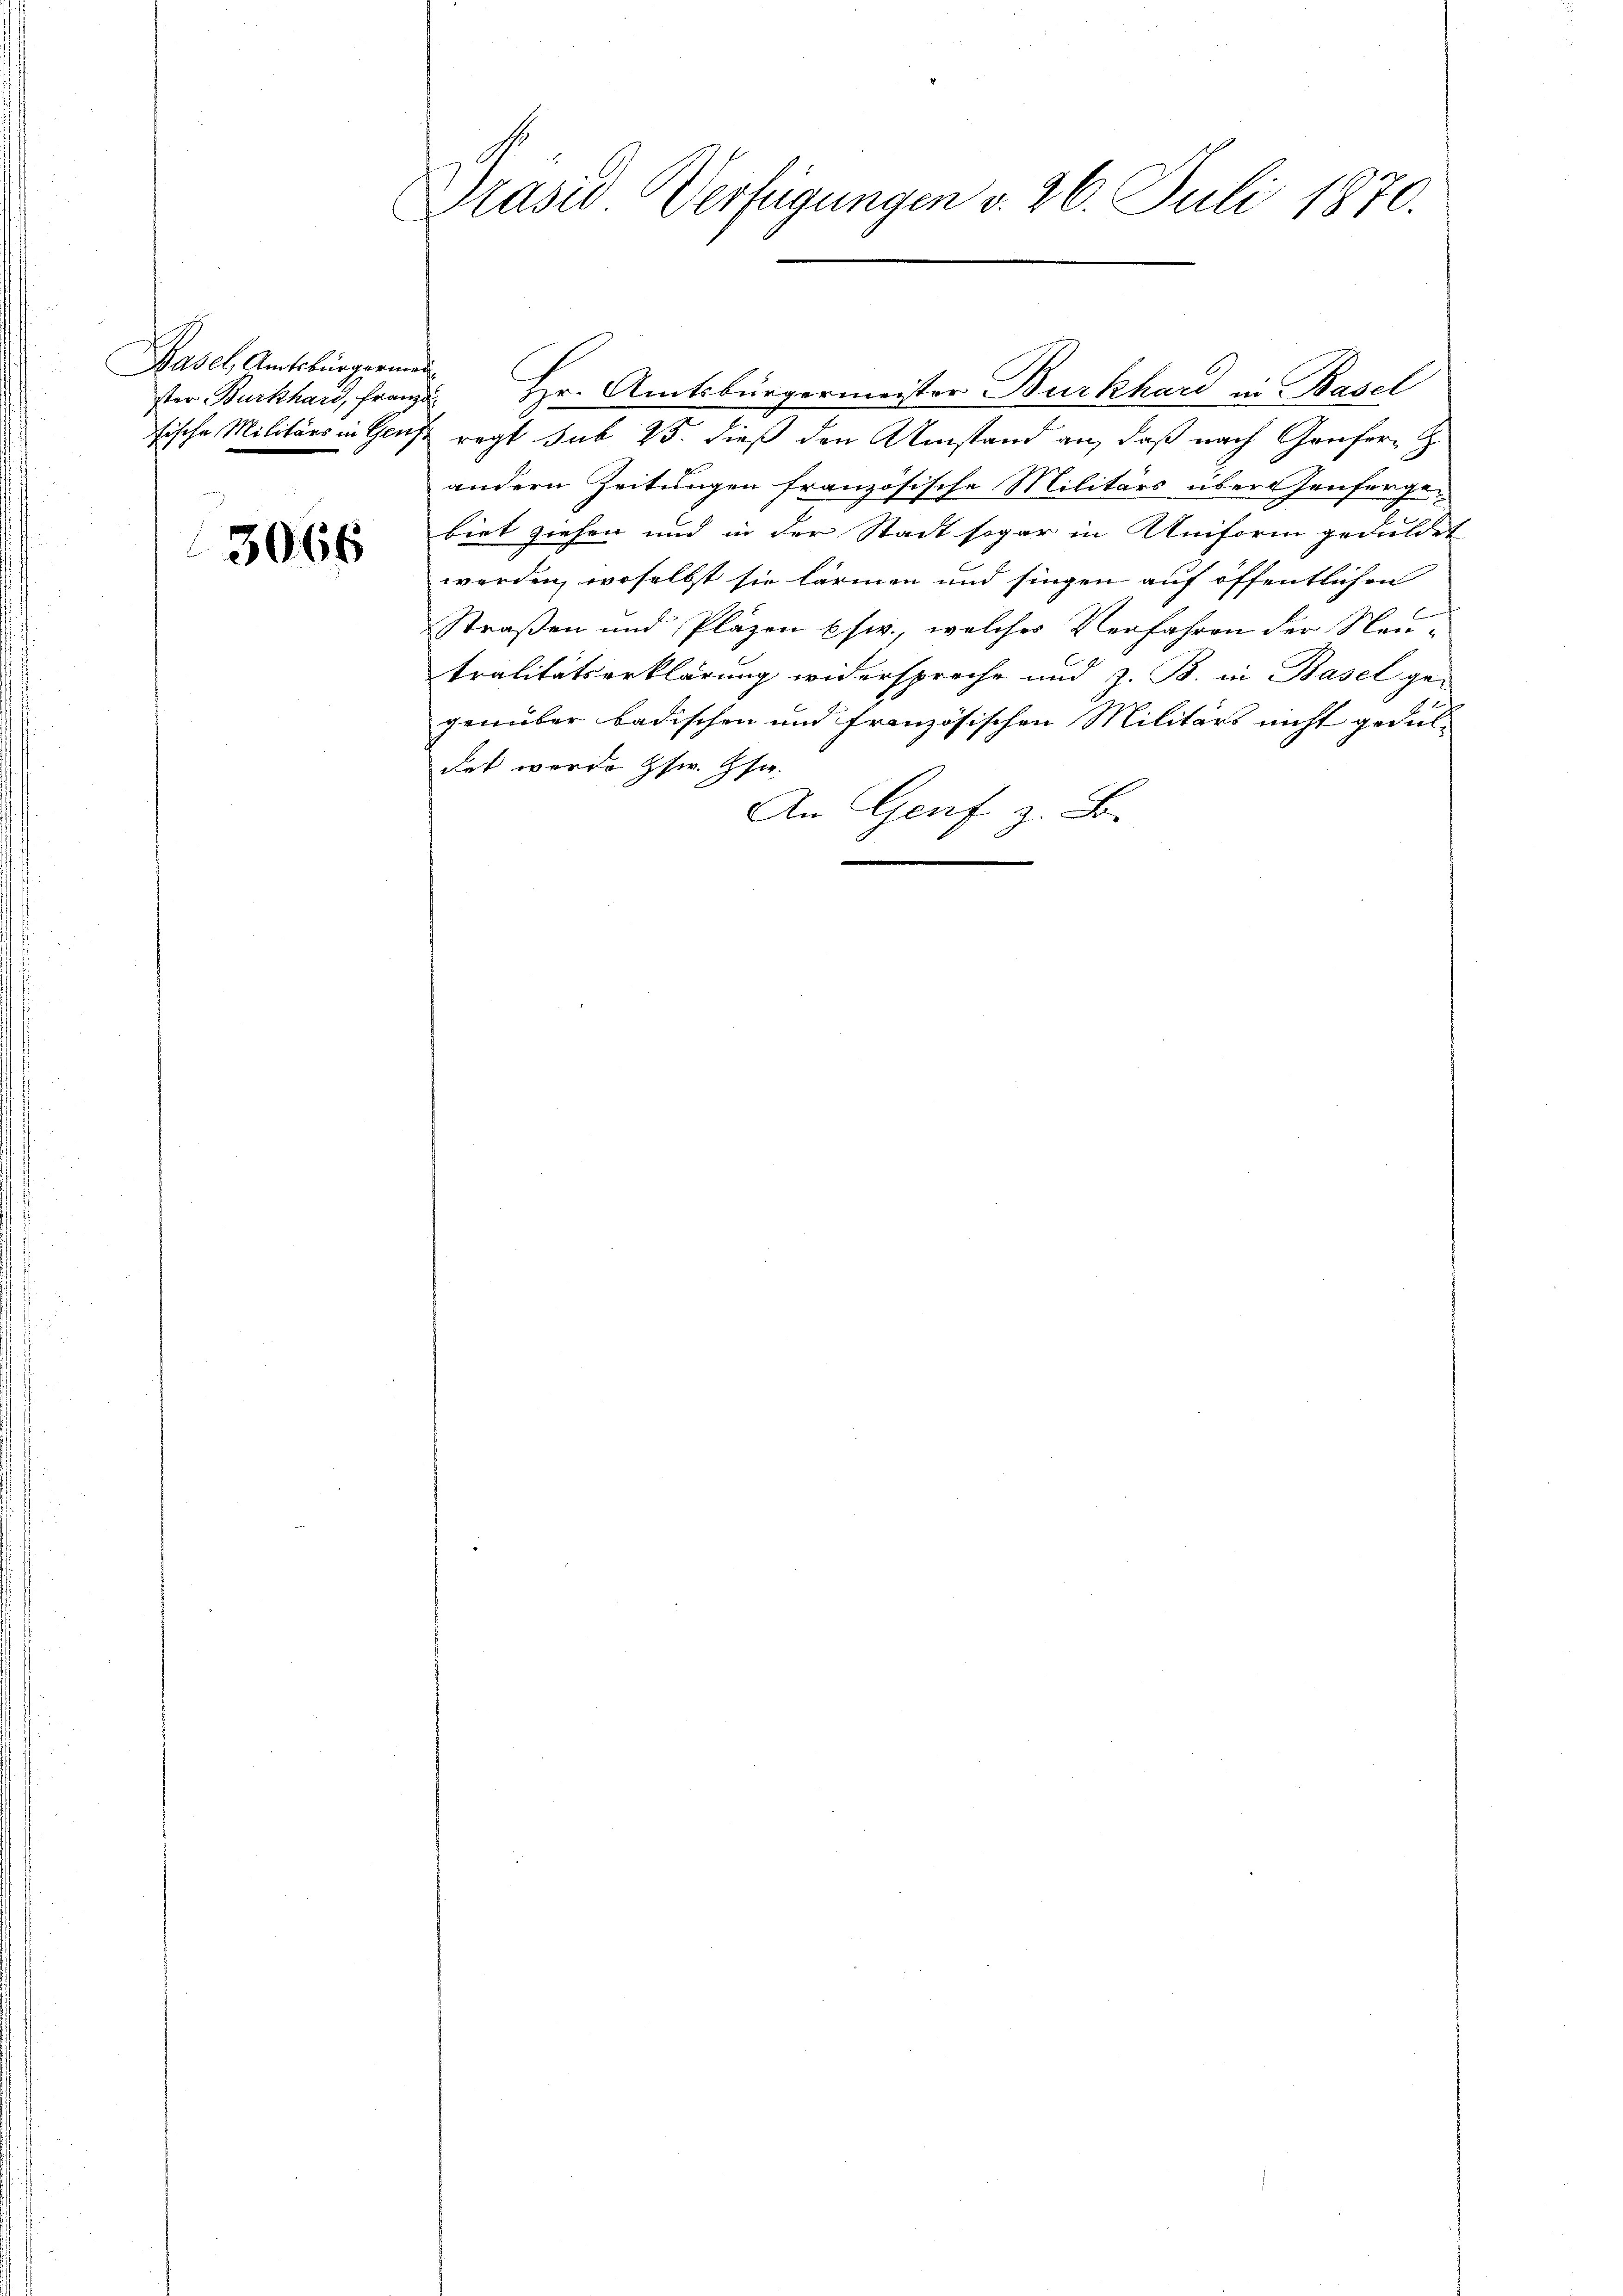
Basel, Amtsbürgermei

3066

Präsid Verfügungen v. 26. Juli 1870.

sische Militärs in Gaus regt sub 25. dieß den Umstand an, daß nach Genfern Z
andern Zeitungen französische Militärs über Jensorgen
biet ziehen und in der Stadt sogar in Uniform geduldet
werden, woselbst sie lärmen und singen auf öffentlichen
Straßen und Pläzen pfw., welches Verfahren der Neutralitätserklärung widersproche und z. B. in Basel ge-
genüber badischen und französischen Militärs nicht geduldet werde zsw. Hfa-
An Genf z. B.

ster Burkhard, Franz. Hr. Amtsbürgermeister Burkhard in Basel